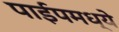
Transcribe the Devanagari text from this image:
पाईपमध्ये